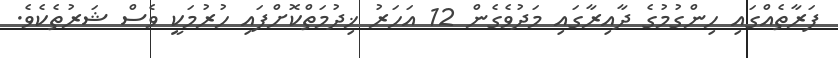
ފަރާތެއްގައި ހިންގުމުގެ ދާއިރާގައި މަދުވެގެން 12 އަހަރު ޚިދުމަތްކޮށްފައި ހުރުމަކީ ވެސް ޝަރުތެކެވެ.